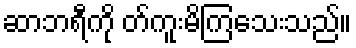
ဆာဘရီကို တ်ကူးမိကြသေးသည်။